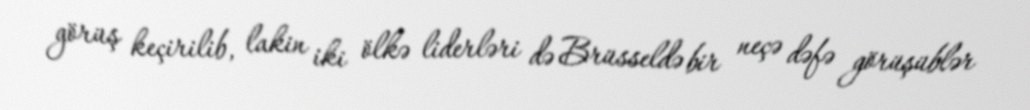
görüş keçirilib, lakin iki ölkə liderləri də Brüsseldə bir neçə dəfə görüşüblər